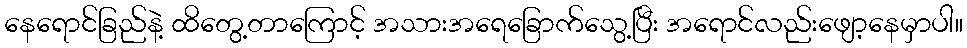
နေရောင်ခြည်နဲ့ ထိတွေ့တာကြောင့် အသားအရေခြောက်သွေ့ပြီး အရောင်လည်းဖျော့နေမှာပါ။